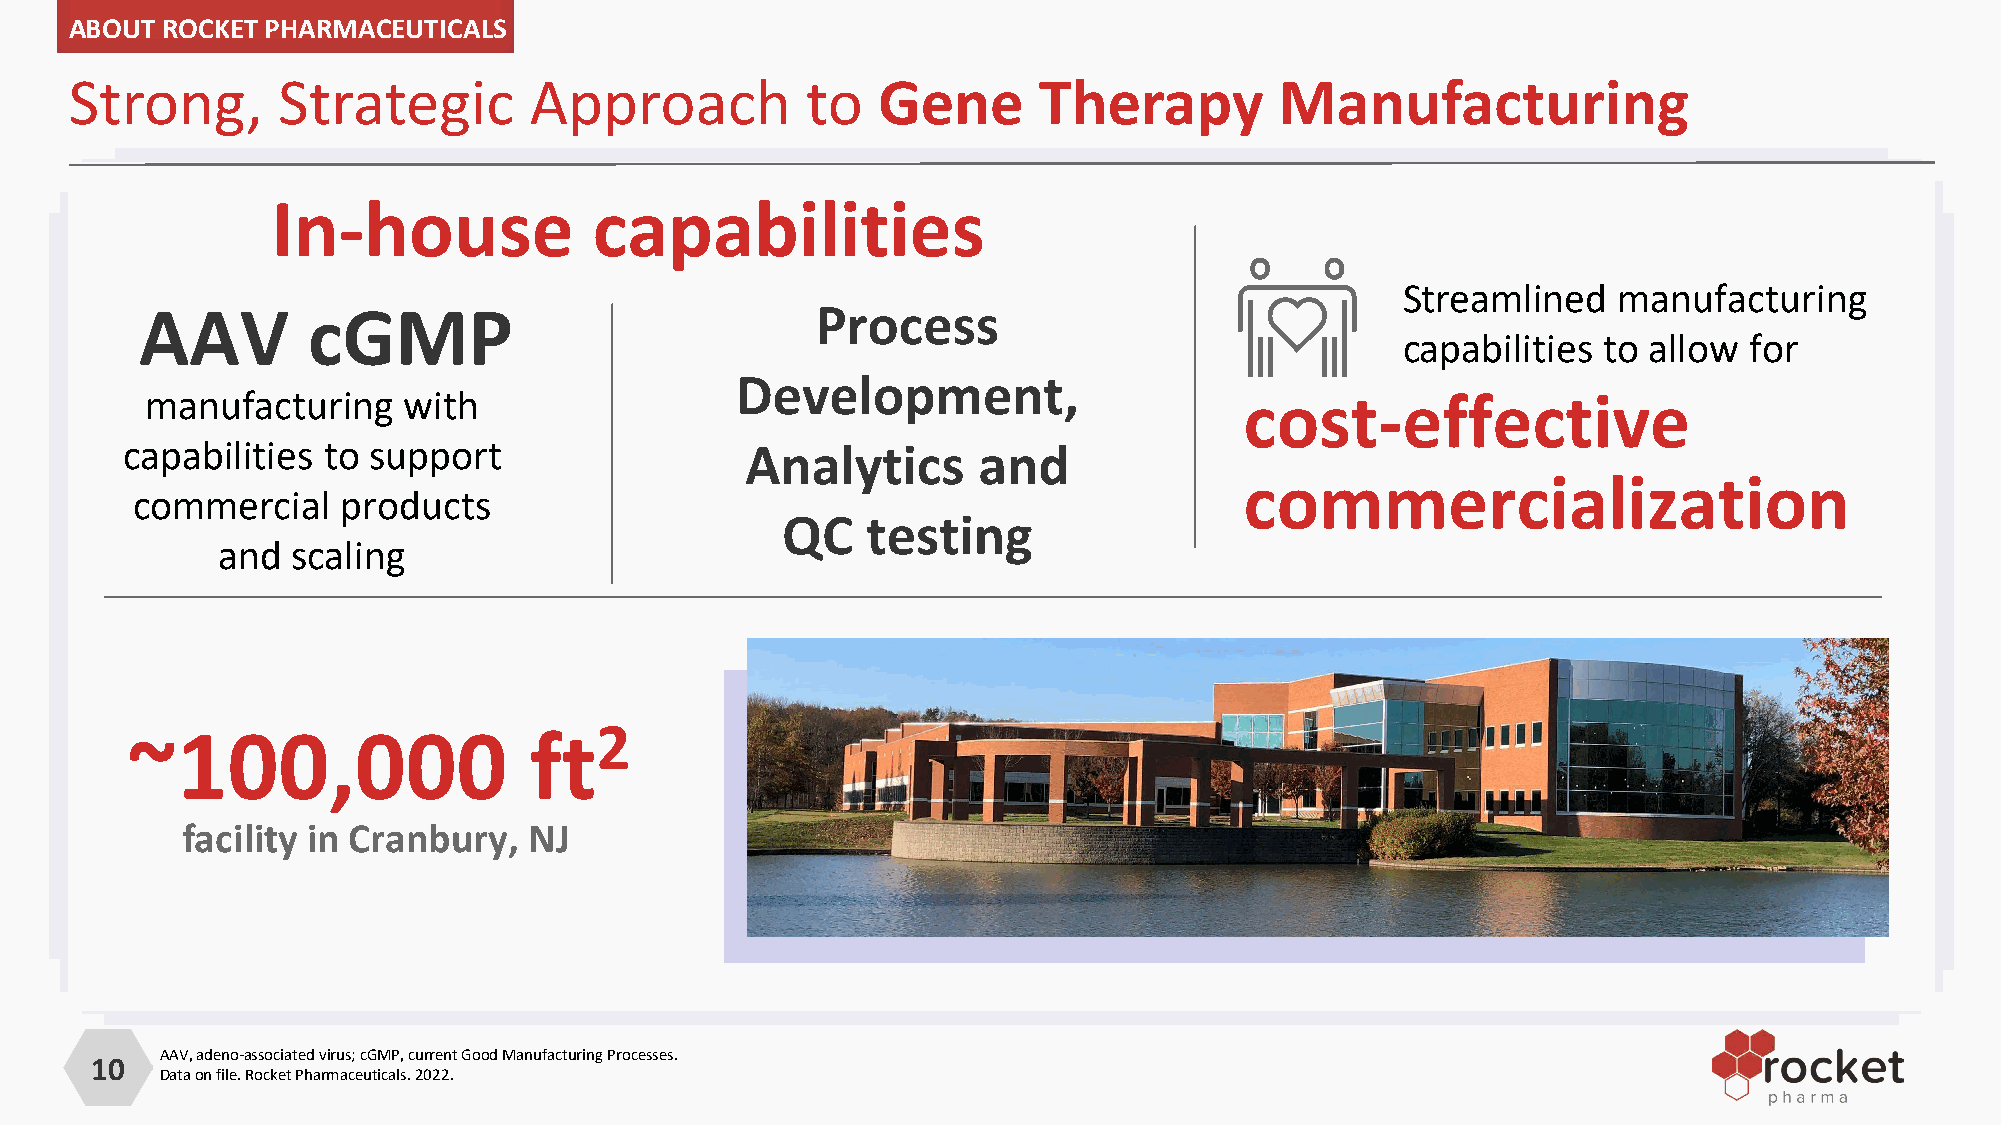
ABOUT ROCKET PHARMACEUTICALS
 Strong,      Strategic        Approach          to   Gene       Therapy         Manufacturing
 In-house             capabilities
 Streamlined   manufacturing
 AAV        cGMP                              Process
 capabilities to allow  for
 Development,
 manufacturing    with                                                   cost-effective
 capabilities to support
 Analytics       and
 commercialization
 commercial    products
 QC   testing
 and  scaling
 2
 ~100,000                   ft
 facility in Cranbury,  NJ
 AAV, adeno-associated virus; cGMP, current Good Manufacturing Processes.
 10
 Data on file. Rocket Pharmaceuticals. 2022.